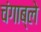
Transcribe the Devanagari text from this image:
चंगाब्ले